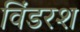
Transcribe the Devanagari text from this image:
विंडरश